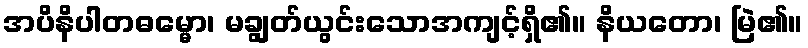
အပိနိပါတဓမ္မော၊ မချွတ်ယွင်းသောအကျင့်ရှိ၏။ နိယတော၊ မြဲ၏။